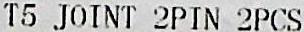
T5 JOINT 2PIN 2PCS